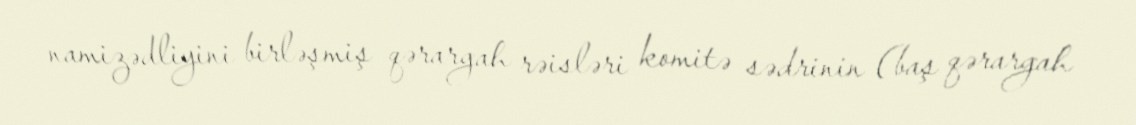
namizədliyini birləşmiş qərargah rəisləri komitə sədrinin (baş qərargah